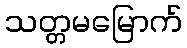
သတ္တမမြောက်